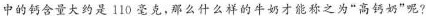
中的钙含量大约是110毫克，那么什么样的牛奶才能称之为“高钙奶”呢？